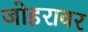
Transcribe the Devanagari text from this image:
जोहरावर